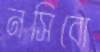
নসিবো